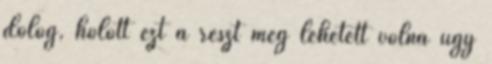
dolog, holott ezt a részt meg lehetett volna úgy